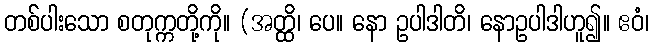
တစ်ပါးသော စတုက္ကတို့ကို။ (အတ္ထိ၊ ပေ။ နော ဥပါဒါတိ၊ နောဥပါဒါဟူ၍။ ဧဝံ၊